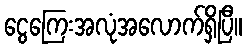
ငွေကြေးအလုံအလောက်ရှိပြီ။